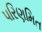
પરિણમિત